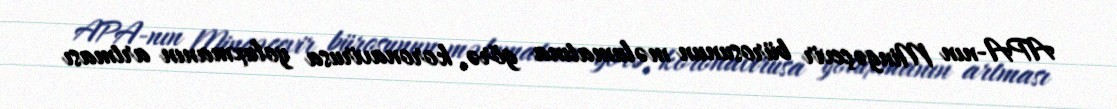
APA-nın Mingəçevir bürosunun məlumatına görə, koronavirusa yoluxmanın artması